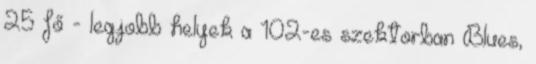
25 fő - legjobb helyek a 102-es szektorban Blues,